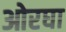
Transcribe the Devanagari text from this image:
ओरघा